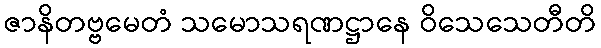
ဇာနိတဗ္ဗမေတံ သမောသရဏဋ္ဌာနေ ဝိသေသေတီတိ